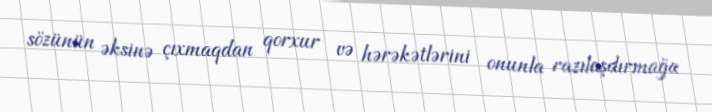
sözünün əksinə çıxmaqdan qorxur və hərəkətlərini onunla razılaşdırmağa